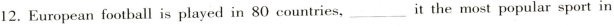
12.European football is played in 80 countries,___ it the most popular sport in